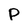
Character: P